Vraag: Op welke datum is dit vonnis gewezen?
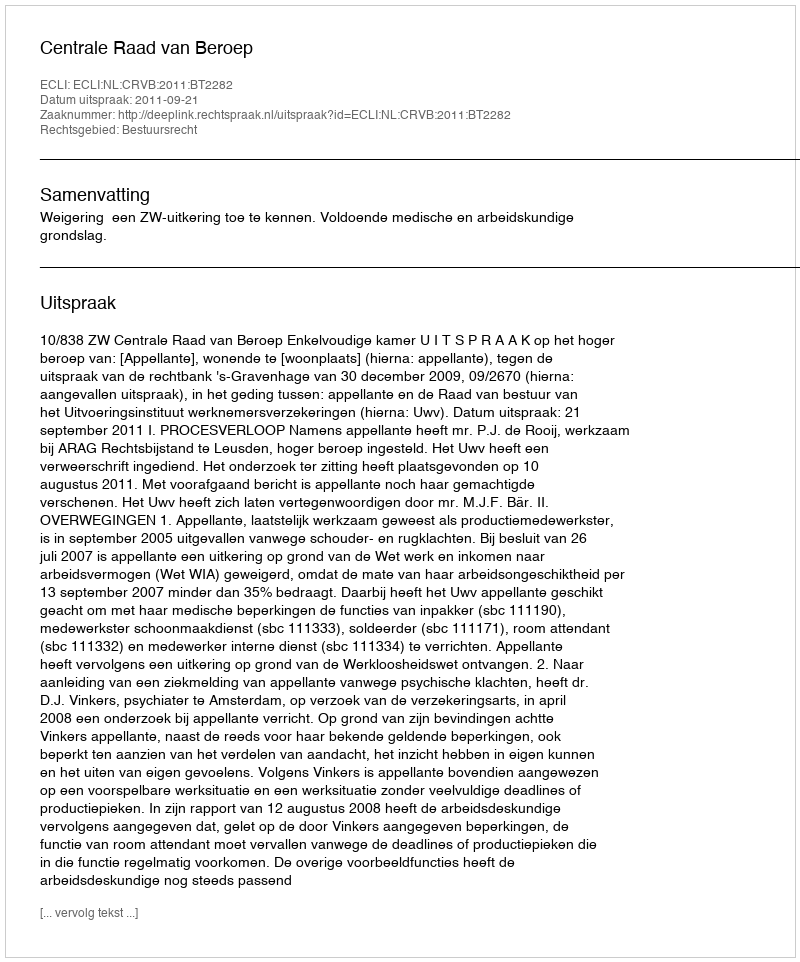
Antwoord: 2011-09-21